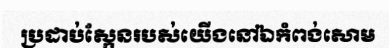
ប្រដាប់ស្កែនរបស់យើងនៅឯកំពង់សោម